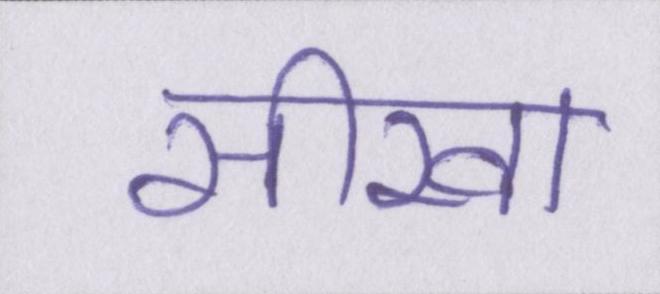
सीखा